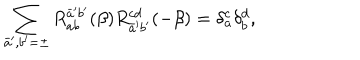
\sum _ { \bar { a } ^ { \prime } , b ^ { \prime } = \pm } R _ { a b } ^ { \bar { a } ^ { \prime } b ^ { \prime } } ( \beta ) R _ { \bar { a } ^ { \prime } b ^ { \prime } } ^ { c d } ( - \beta ) = \delta _ { a } ^ { c } \delta _ { b } ^ { d } ,